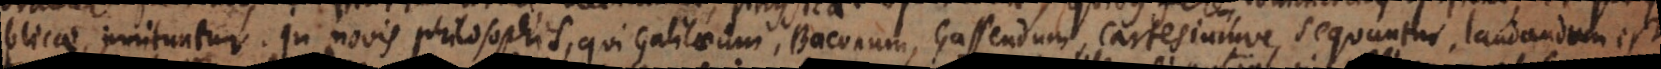
blicae, innituntur. In novis philosophis, qui Galilaeum, Baconum, Gassendum, Cartesiumve sequuntur, laudandum est